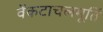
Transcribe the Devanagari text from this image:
वेंकटाचलमूर्ति